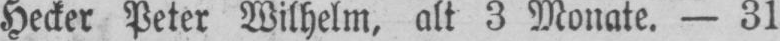
Hecker Peter Wilhelm, alt 3 Monate. 31.